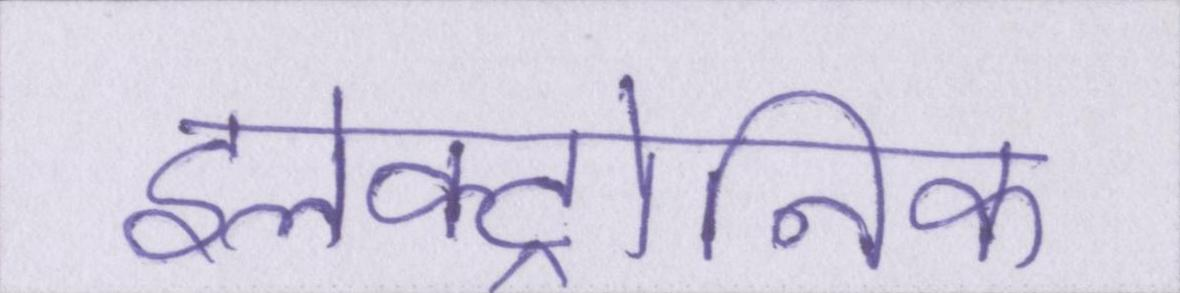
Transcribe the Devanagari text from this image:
इलेक्ट्रोनिक